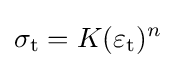
\sigma _{\mathrm {t} }=K(\varepsilon _{\mathrm {t} })^{n}